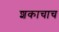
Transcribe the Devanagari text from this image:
शकाचाच